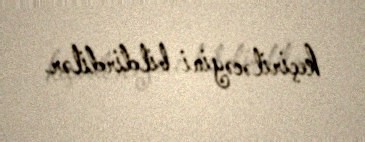
keçiriləcəyini bildirdilər.